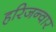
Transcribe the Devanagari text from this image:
हरिजन्वार